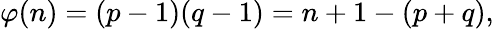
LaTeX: \varphi(n)=(p-1)(q-1)=n+1-(p+q),